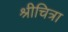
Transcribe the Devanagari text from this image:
श्रीचित्रा